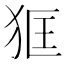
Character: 𤝿